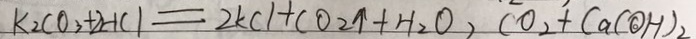
K _ { 2 } C O _ { 3 } + 2 H C l = 2 K C l + C O _ { 2 } \uparrow + H _ { 2 } O , C O _ { 2 } + C a ( O H ) _ { 2 }